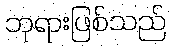
ဘုရားဖြစ်သည်